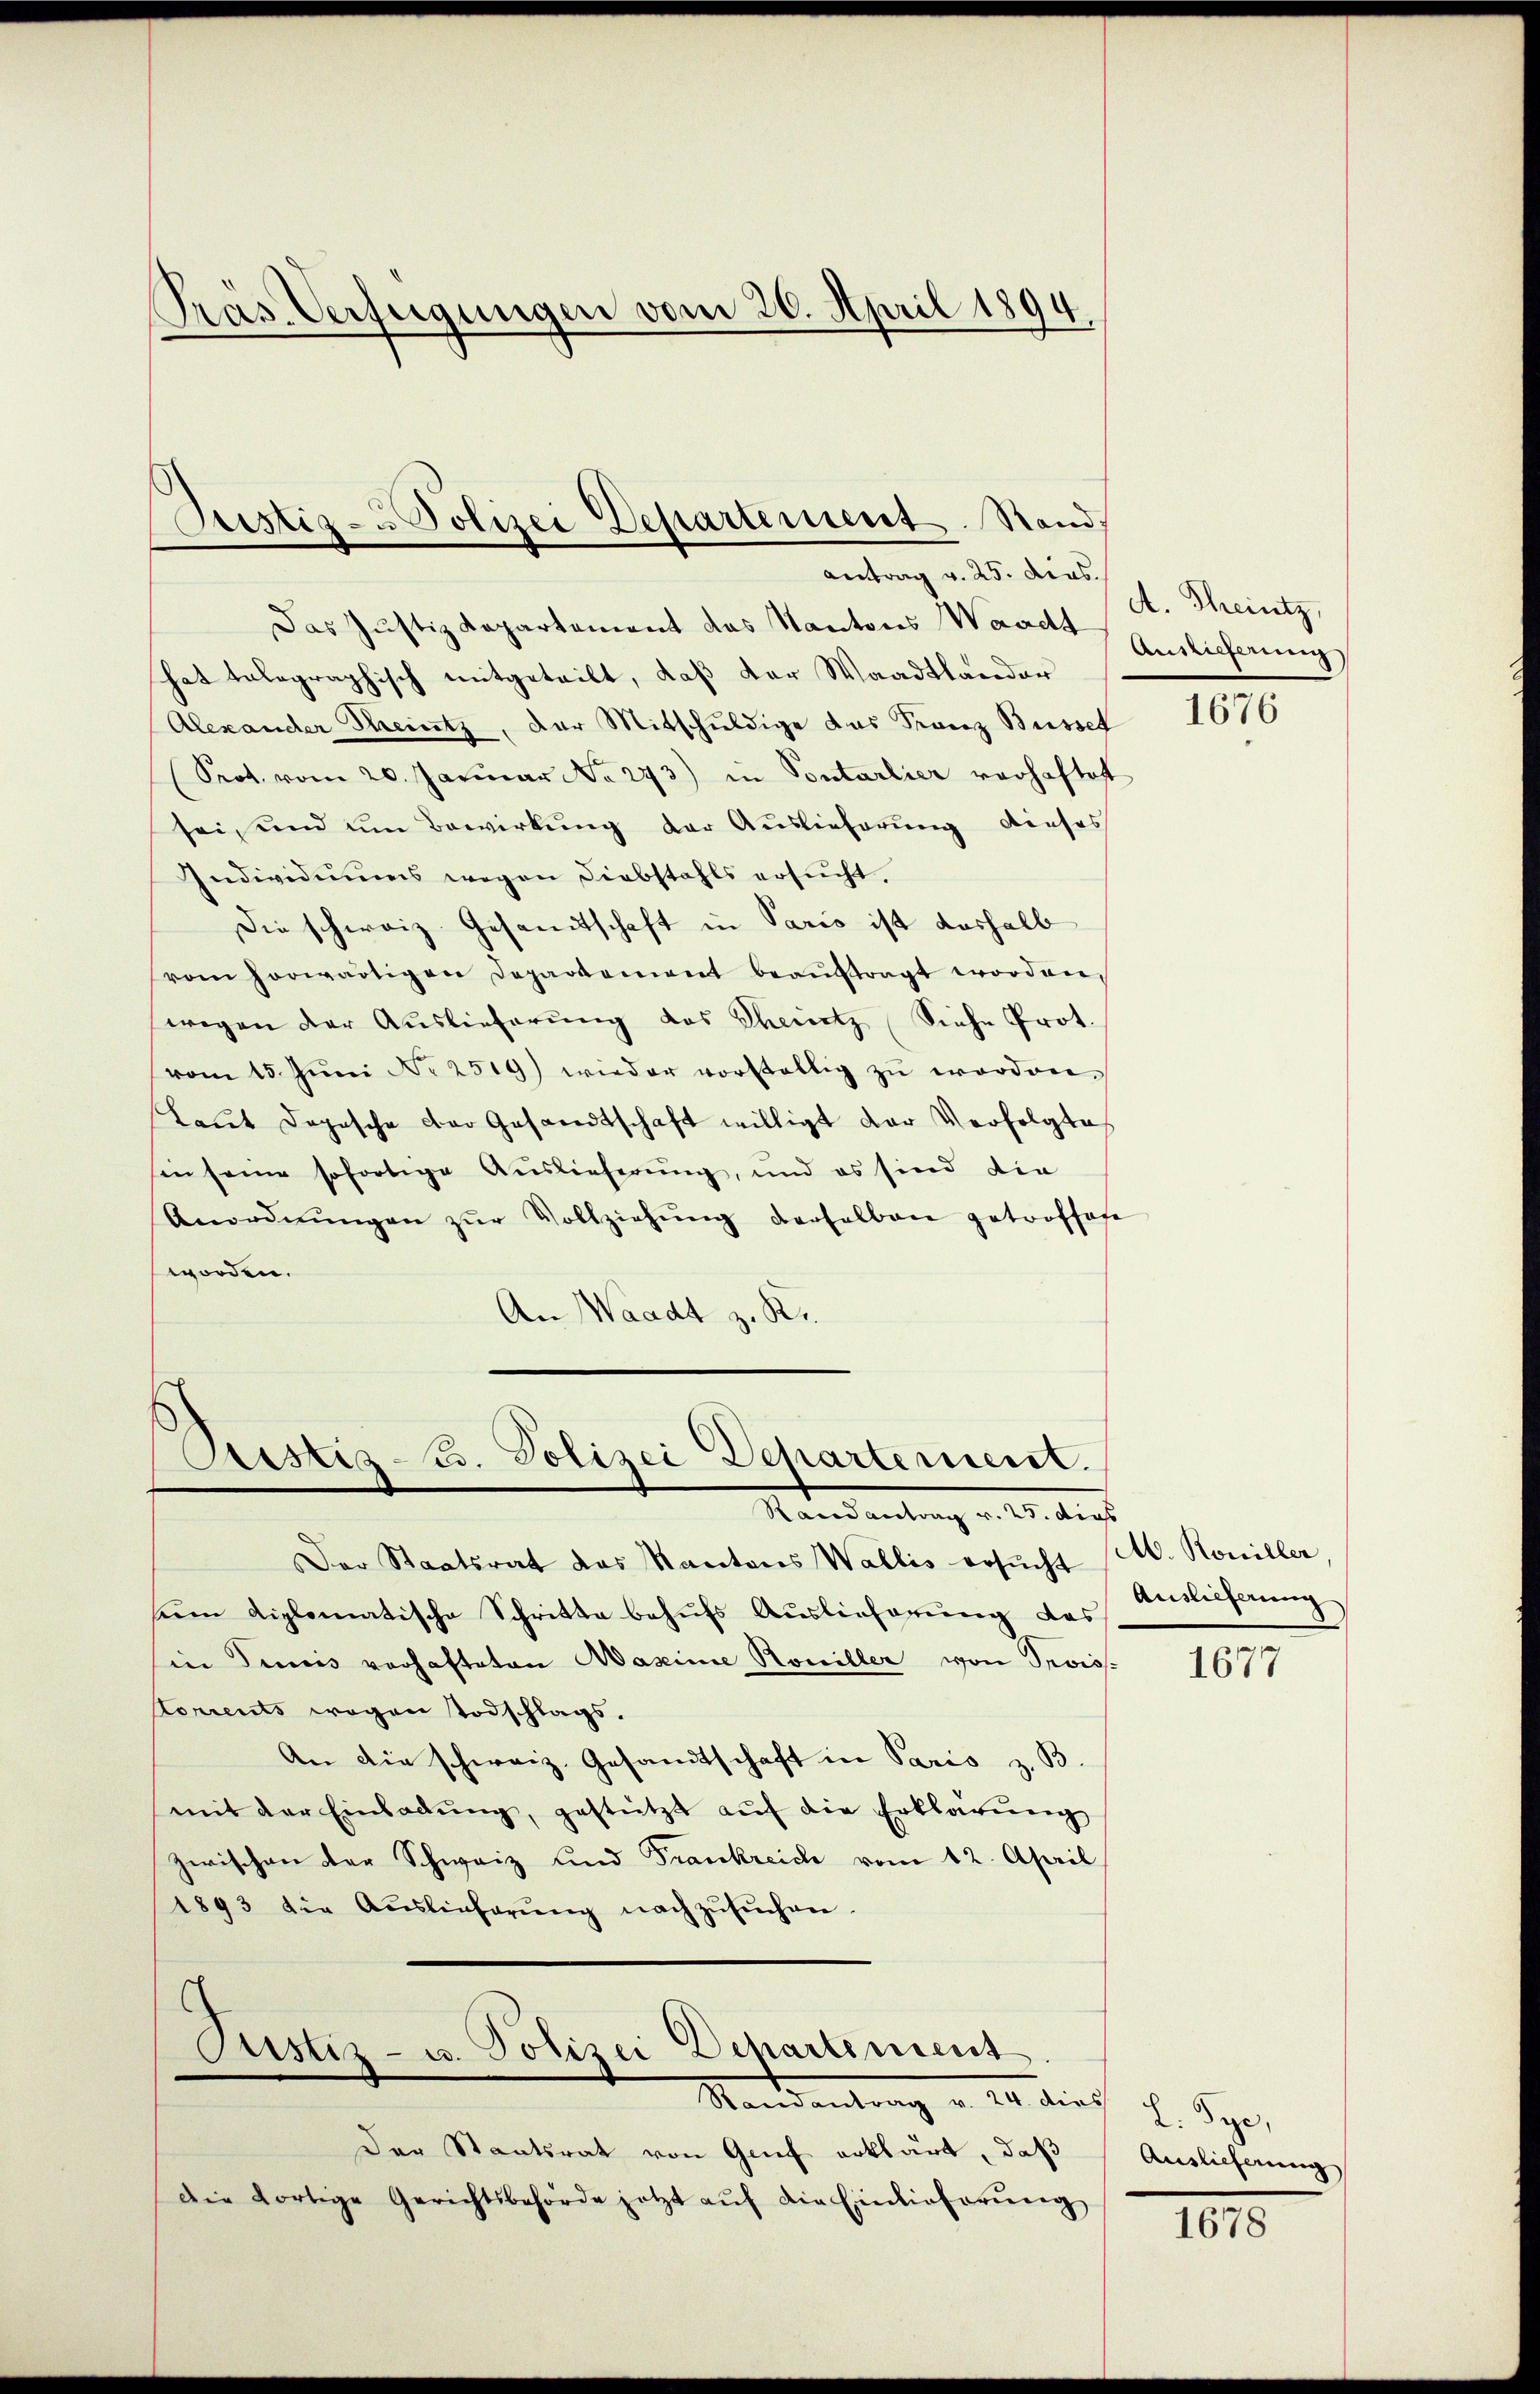
Präs. Verfügungen vom 20. April 1894.

Justiz- u Polizei Departement. Stand:
Antrag v. 25. dies

Das Justizdepartement des Kantons Waadt Geilicherung
hat telegraphisch mitgeteilt, daß der Waadtlander
Alexander Theintz, der Mitschuldige das Franz Busset
Prot. vom 20. Januar No. 273) in Pontarlier verhaftet
sei, und um Bewirkung der Auslieferung dieses
Individuums wegen Diebstahls ersucht.
Die schweiz. Gesandtschaft in Paris ist deshalb
vom horwärtigen Departement beaŭftragt worden,
wegen der Auslieferung des Theintz Siehe Prot.
vom 15. Jŭni No 2519) wieder vorstellig zŭ worden.
Laŭt dopische der Gesandtschaft willigt der Verfolgte
sin seine sofortige Auslieferung, und es sind die
Anordnŭngen zŭr Vollziehŭng derselben getroffofe
worden.
An Waadt z. Kr.

Justiz-Co. Polizei Departement.
Mandantrag v. 20. dies

Justiz- u. Polizei Departement
Mandantrag v. M. dies h. Sye,

Der Staatsrat das Kantons Wallis ersŭcht (M. Koniller
seen diplomatische Schritte behufs Auslieferung das
in Dimis verhafteten Aaseine Rouiller von Troiss.
Corrents wegen Todschlags.
An die schweiz. Gesandtschaft in Paris z. B.
mit der Einladŭng, gestützt aŭf die Erklärung
zwischen der Schweiz und Frankreich vom 12. April
1893 die Auslieferŭng nachzŭsŭchen.

Der Staatsrat von Grief erklärt, daß
die dortige Gerichtsbehörde jetzt aŭf die Einlieferŭng

A. Theintz,

1676

Auslieferung

1677

Auslicherung

1678